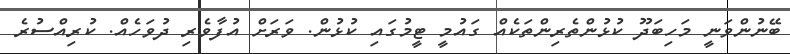
ބޭނުންވަނީ މަހިބަދޫ ކުޅުންތެރިންތަކެއް ގައުމީ ޓީމުގައި ކުޅުން. ވަރަށް އުފާވެރި ދުވަހެއް. ކުރިއްސުރެ